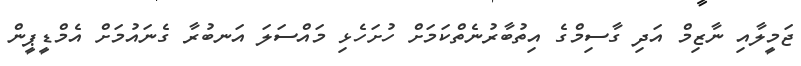
ޖަމީލާއި ނާޒިމް އަދި ގާސިމްގެ އިތުބާރުނެތްކަމަށް ހުށަހެޅި މައްސަލަ އަނބުރާ ގެނައުމަށް އެމްޑީޕީން